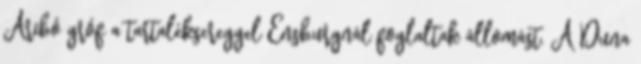
Aribó gróf a tartaléksereggel Ensburgnál foglaltak állomást. A Duna